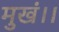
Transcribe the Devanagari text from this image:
मुखं।।